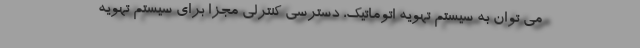
می توان به سیستم تهویه اتوماتیک، دسترسی کنترلی مجزا برای سیستم تهویه